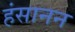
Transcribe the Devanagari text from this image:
हंसानन